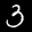
Label: 3